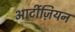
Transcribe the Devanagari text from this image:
आर्टीज़ियन